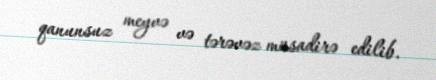
qanunsuz meyvə və tərəvəz müsadirə edilib.